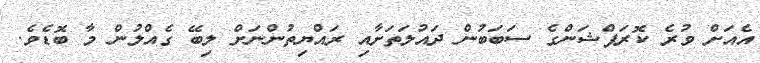
އެއަށް ވުރެ ކޮރަޕްޝަންގެ ސަބަބުން ދައުލަތަށާއި ރައްޔިތުންނަށް ލިބޭ ގެއްލުން މާ ބޮޑެވެ.